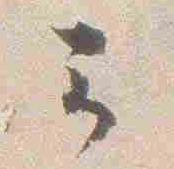
云